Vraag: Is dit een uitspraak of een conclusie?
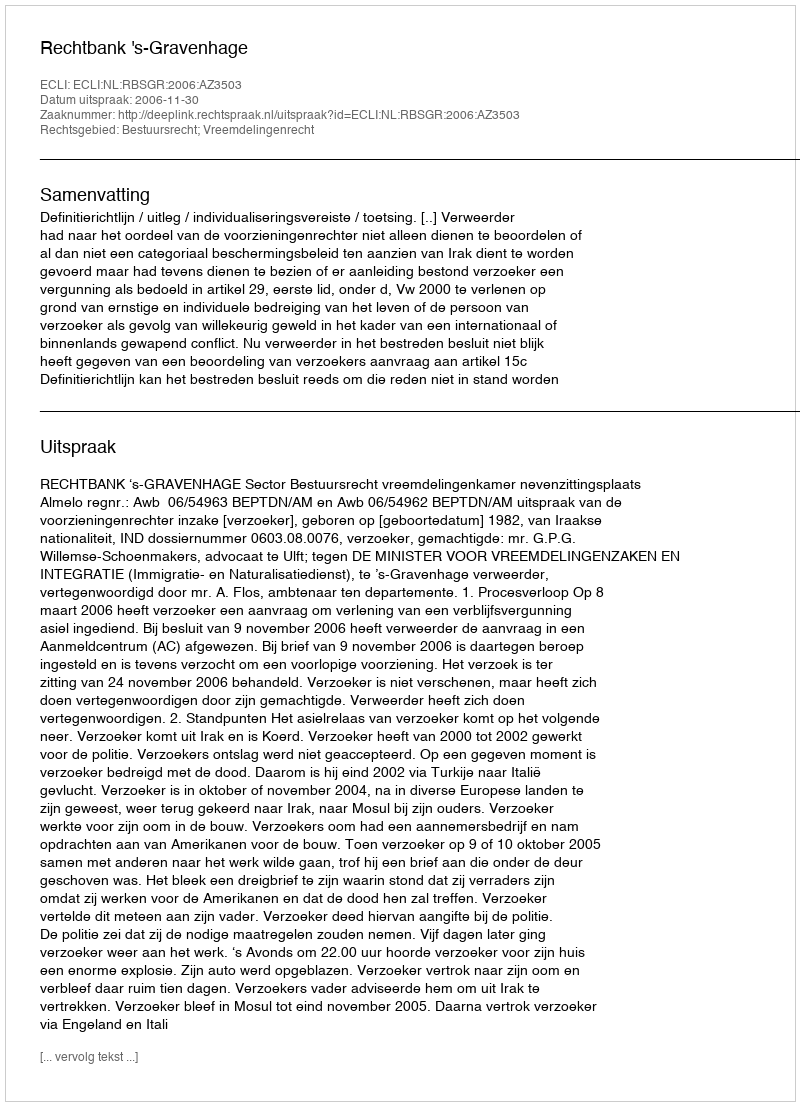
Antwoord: Uitspraak